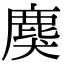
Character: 𪊏